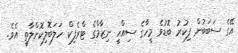
އޭގެ ސަބަބުން ފިކުރު ބޮޑުވެ މީހާގެ ސިއްހީ ނިޒާމްގެ ޓްރެފިކް ހަލަބޮލިކޮށްލާތީ އެވެ.